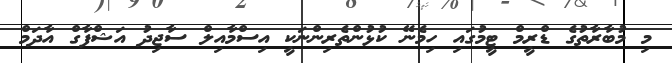
މި މުބާރާތުގެ ޑްރީމް ޓީމުގައި ހިމެނޭ ކުޅުންތެރިންނަކީ އިސްމާއިލް ސާޖިދު އަޝްފާގް އާދަމް